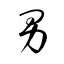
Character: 男